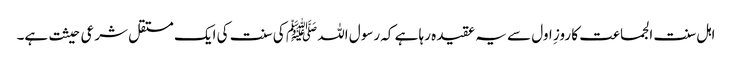
اہل سنت الجماعت کا روزِ اول سے یہ عقیدہ رہا ہے کہ رسول اللہ ﷺ کی سنت کی ایک مستقل شرعی حیثت ہے۔